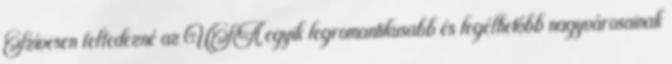
Szívesen felfedezné az USA egyik legromantikusabb és legélhetőbb nagyvárosainak